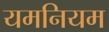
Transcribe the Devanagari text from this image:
यमनियम